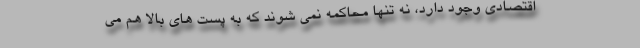
اقتصادی وجود دارد، نه تنها محاکمه نمی شوند که به پست های بالا هم می